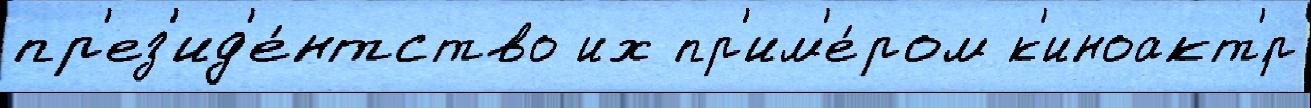
пр'ез'ид'е́нтство их пр'им'е́ром к'иноакт'́р